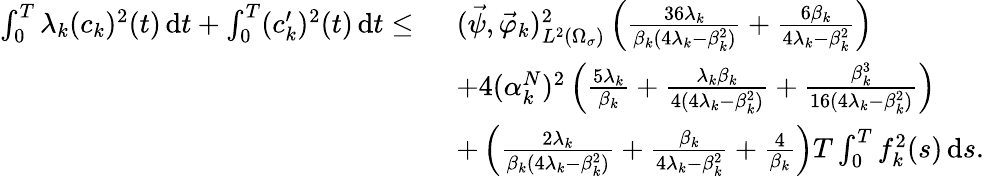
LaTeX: \begin{array}{rl}{\int_{0}^{T}\lambda_{k}(c_{k})^{2}(t)\, \mathrm dt+\int_{0}^{T}(c_{k}^{\prime})^{2}(t)\, \mathrm dt\leq\ }&{(\vec{\psi},\vec{\varphi}_{k})_{L^{2}(\Omega_{\sigma})}^{2}\left(\frac{36\lambda_{k}}{\beta_{k}(4\lambda_{k}-\beta_{k}^{2})}+\frac{6\beta_{k}}{4\lambda_{k}-\beta_{k}^{2}}\right)}\\ &{+4(\alpha_{k}^{N})^{2}\left(\frac{5\lambda_{k}}{\beta_{k}}+\frac{\lambda_{k}\beta_{k}}{4(4\lambda_{k}-\beta_{k}^{2})}+\frac{\beta_{k}^{3}}{16(4\lambda_{k}-\beta_{k}^{2})}\right)}\\ &{+\left(\frac{2\lambda_{k}}{\beta_{k}(4\lambda_{k}-\beta_{k}^{2})}+\frac{\beta_{k}}{4\lambda_{k}-\beta_{k}^{2}}+\frac{4}{\beta_{k}}\right)T\int_{0}^{T}f_{k}^{2}(s)\, \mathrm ds.}\end{array}